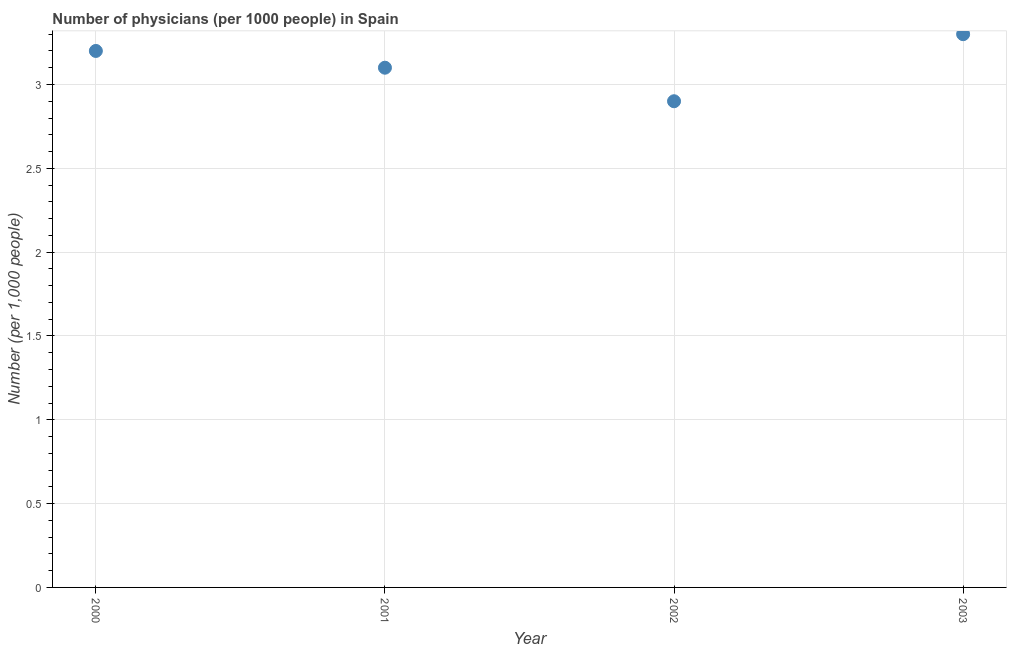
| Year | Physicians |
 | --- | --- |
 | 2000 | 3.2 |
 | 2001 | 3.1 |
 | 2002 | 2.9 |
 | 2003 | 3.3 |